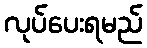
လုပ်ပေးရမည်